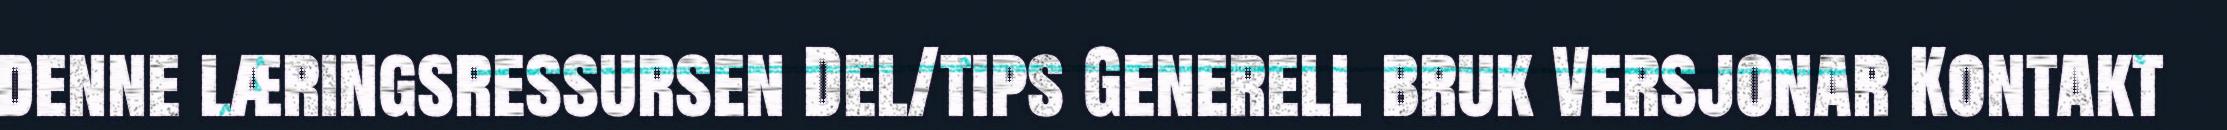
denne læringsressursen Del/tips Generell bruk Versjonar Kontakt